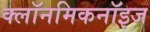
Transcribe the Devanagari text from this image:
क्लॉनमिकनॉइज